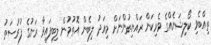
ތިއްބެވި ކޯލިޝަނެއްގެ ވެރިކަން ރައްޔިތުންނަށް މިއަދު ލިބެން އޮތުމުން ލިބިފައިވާ ރަނުގެ ފުރުސަތު